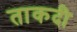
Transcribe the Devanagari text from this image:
ताकदी